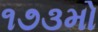
૧૭૩મો